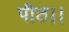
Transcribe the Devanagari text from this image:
पीठ।।